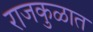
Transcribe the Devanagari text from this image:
राजकुळात